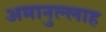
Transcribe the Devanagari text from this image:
अमानुल्लाह